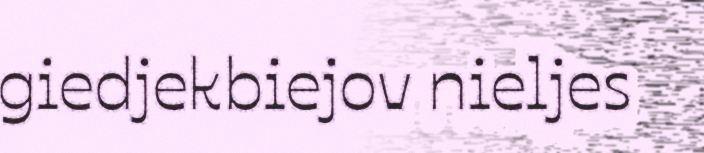
giedjekbiejov nieljes